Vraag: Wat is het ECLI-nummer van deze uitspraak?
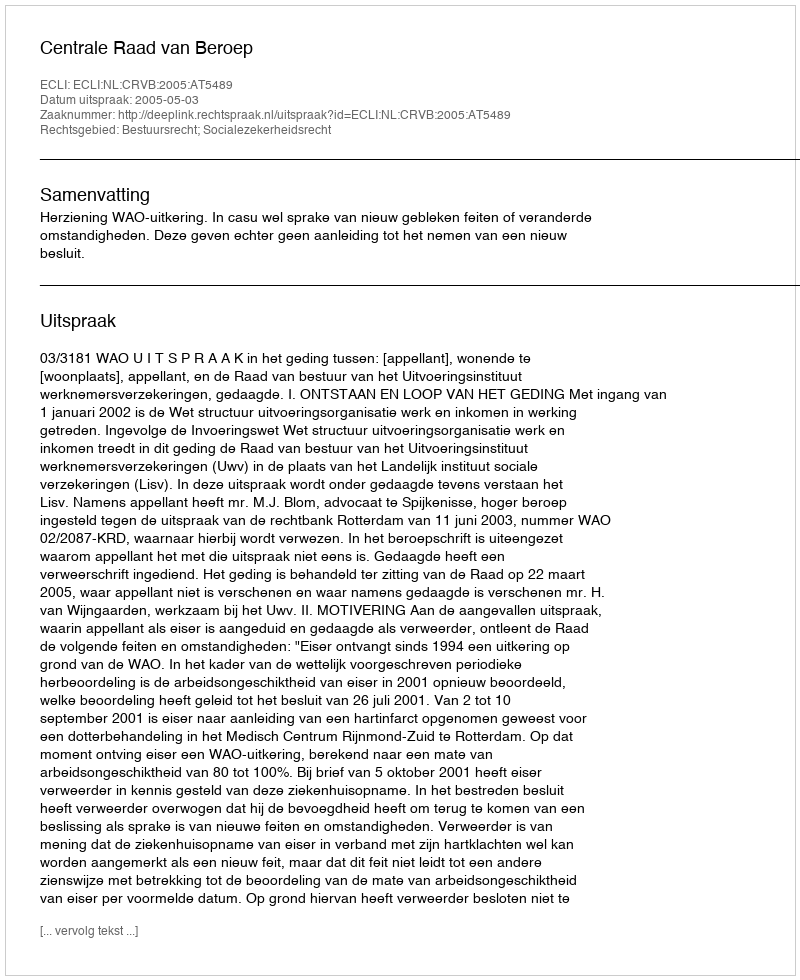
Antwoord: ECLI:NL:CRVB:2005:AT5489